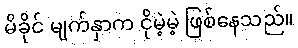
မိခိုင် မျက်နှာက ငိုမဲ့မဲ့ ဖြစ်နေသည်။